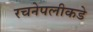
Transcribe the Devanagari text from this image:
रचनेपलीकडे